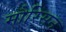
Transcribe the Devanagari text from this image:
मौरिसन